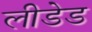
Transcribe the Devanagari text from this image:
लीडेड